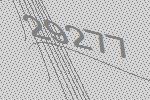
29277